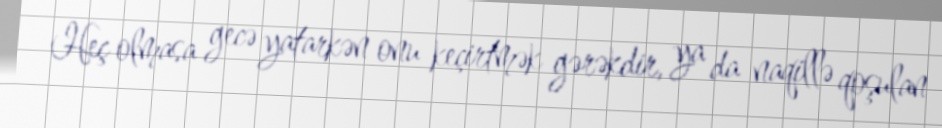
Heç olmasa gecə yatarkən onu keçirtmək gərəkdir, ya da naqillə qoşulan